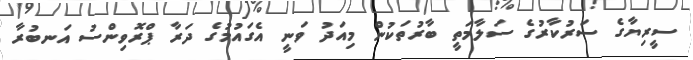
ސީރިޔާގެ ސަރުކާރުގެ ސަލާމަތީ ބާރުތަކުން މިއަދު ވަނީ އެގައުމުގެ ދަރާ ޕްރޮވިންސު އަނބުރާ